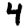
Digit: 4